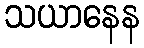
သယာနေန